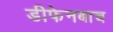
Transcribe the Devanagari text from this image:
डीफेनबाच